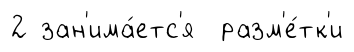
2 зан'има́етс'я разм'е́тк'и